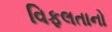
વિફલતાનો